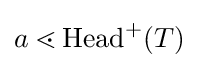
a\lessdot \mathrm {Head} ^{+}(T)